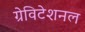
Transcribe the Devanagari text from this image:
ग्रेविटेशनल